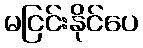
မငြင်းနိုင်ပေ